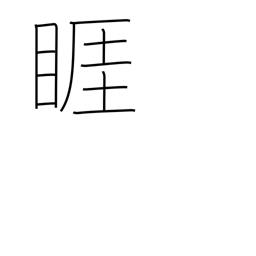
Meaning: angry look